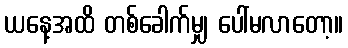
ယနေ့အထိ တစ်ခေါက်မျှ ပေါ်မလာတော့။